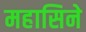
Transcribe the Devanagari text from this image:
महासिने